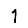
Digit: 1